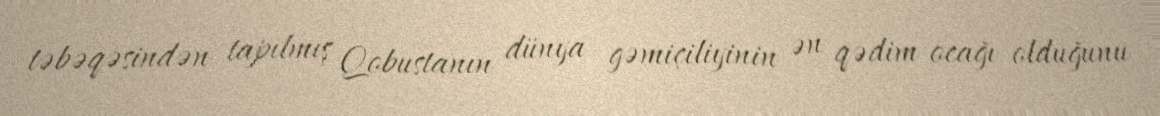
təbəqəsindən tapılmış Qobustanın dünya gəmiçiliyinin ən qədim ocağı olduğunu